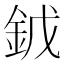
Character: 龯